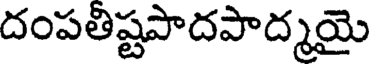
దంపతిష్టపాదపాద్మయై